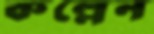
কল্লেন